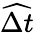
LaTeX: \widehat{\Delta t}